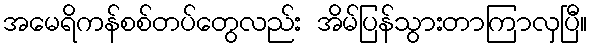
အမေရိကန်စစ်တပ်တွေလည်း အိမ်ပြန်သွားတာကြာလှပြီ။